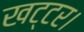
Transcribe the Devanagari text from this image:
खट्टर।